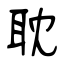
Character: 耽